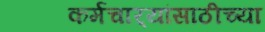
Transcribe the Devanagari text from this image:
कर्मचार्‍यांसाठीच्या